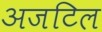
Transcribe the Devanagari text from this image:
अजटिल